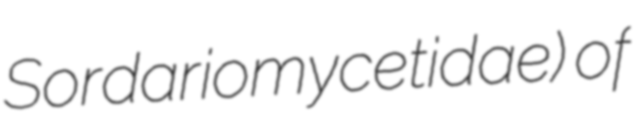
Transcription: Sordariomycetidae) of